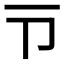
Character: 𪜁